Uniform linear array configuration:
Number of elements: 48
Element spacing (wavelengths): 0.25
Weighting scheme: hann
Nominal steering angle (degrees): -30
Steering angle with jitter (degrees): -28.24
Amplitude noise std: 0.05
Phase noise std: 0.05

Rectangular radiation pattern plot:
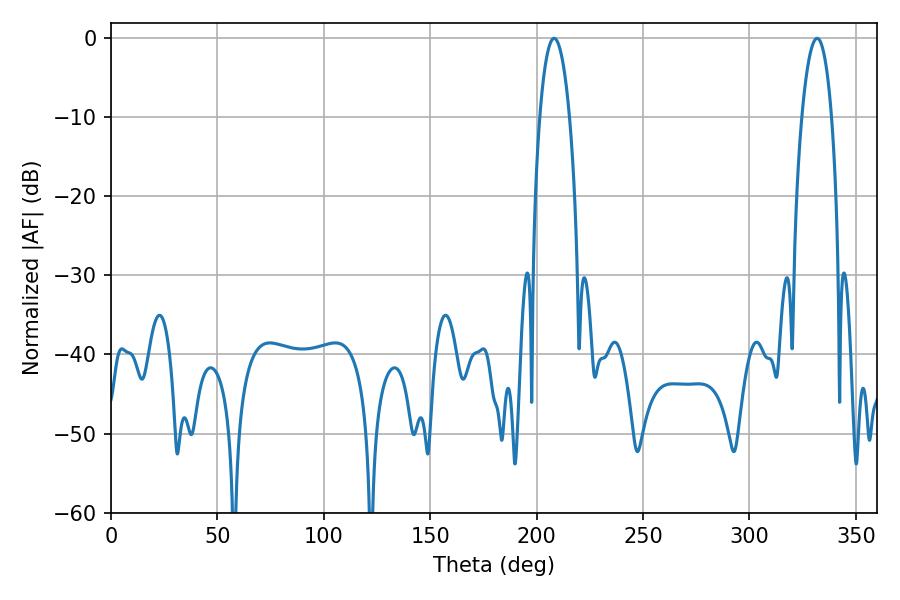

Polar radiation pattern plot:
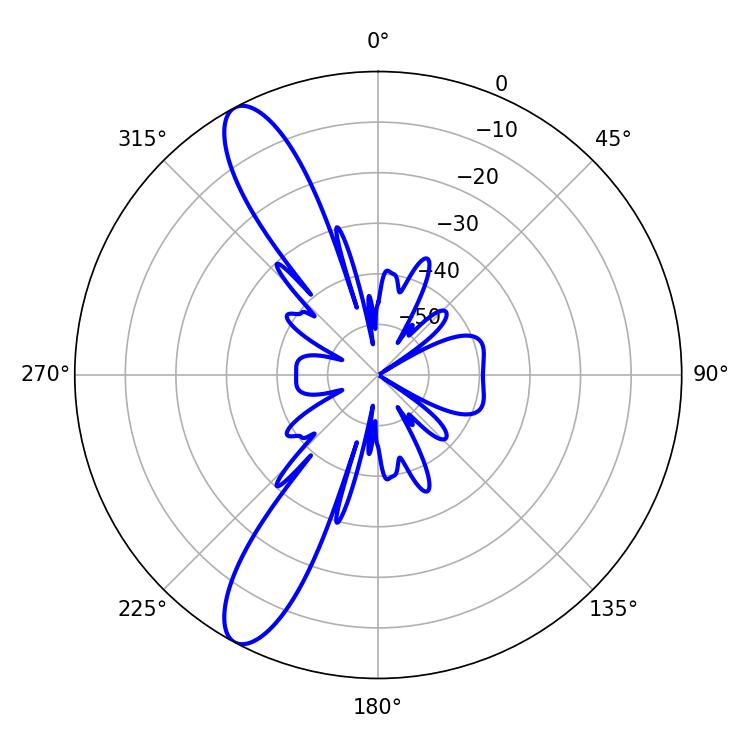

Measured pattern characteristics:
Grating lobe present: FALSE
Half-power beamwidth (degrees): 7.92
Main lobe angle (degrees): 331.74